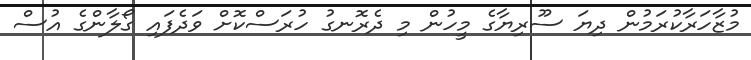
މުޒާހަރާކުރަމުން ދިޔަ ސޫރިޔާގެ މީހުން މި ދެރޮނގު ހުރަސްކޮށް ވަދެފައި ގޯލާންގެ އުސް